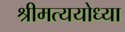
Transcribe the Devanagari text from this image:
श्रीमत्ययोध्या